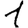
Digit: 1